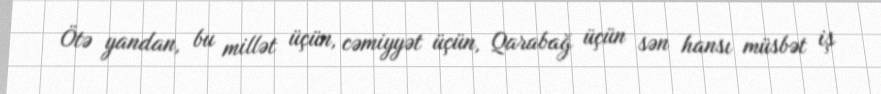
Ötə yandan, bu millət üçün, cəmiyyət üçün, Qarabağ üçün sən hansı müsbət iş